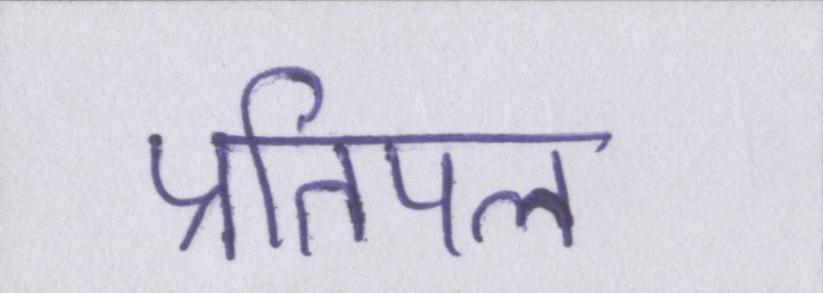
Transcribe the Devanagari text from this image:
प्रतिपल